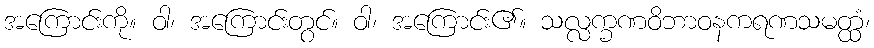
အကြောင်းကို။ ဝါ၊ အကြောင်းတွင်။ ဝါ၊ အကြောင်း၏။ သလ္လက္ခဏဝိဘာဝနကရဏသမတ္ထံ၊